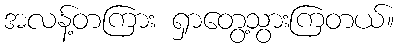
အလန့်တကြား ရှာတွေ့သွားကြတယ်။